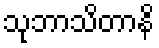
သုဘာသိတာနိ